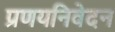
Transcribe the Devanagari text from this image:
प्रणयनिवेदन